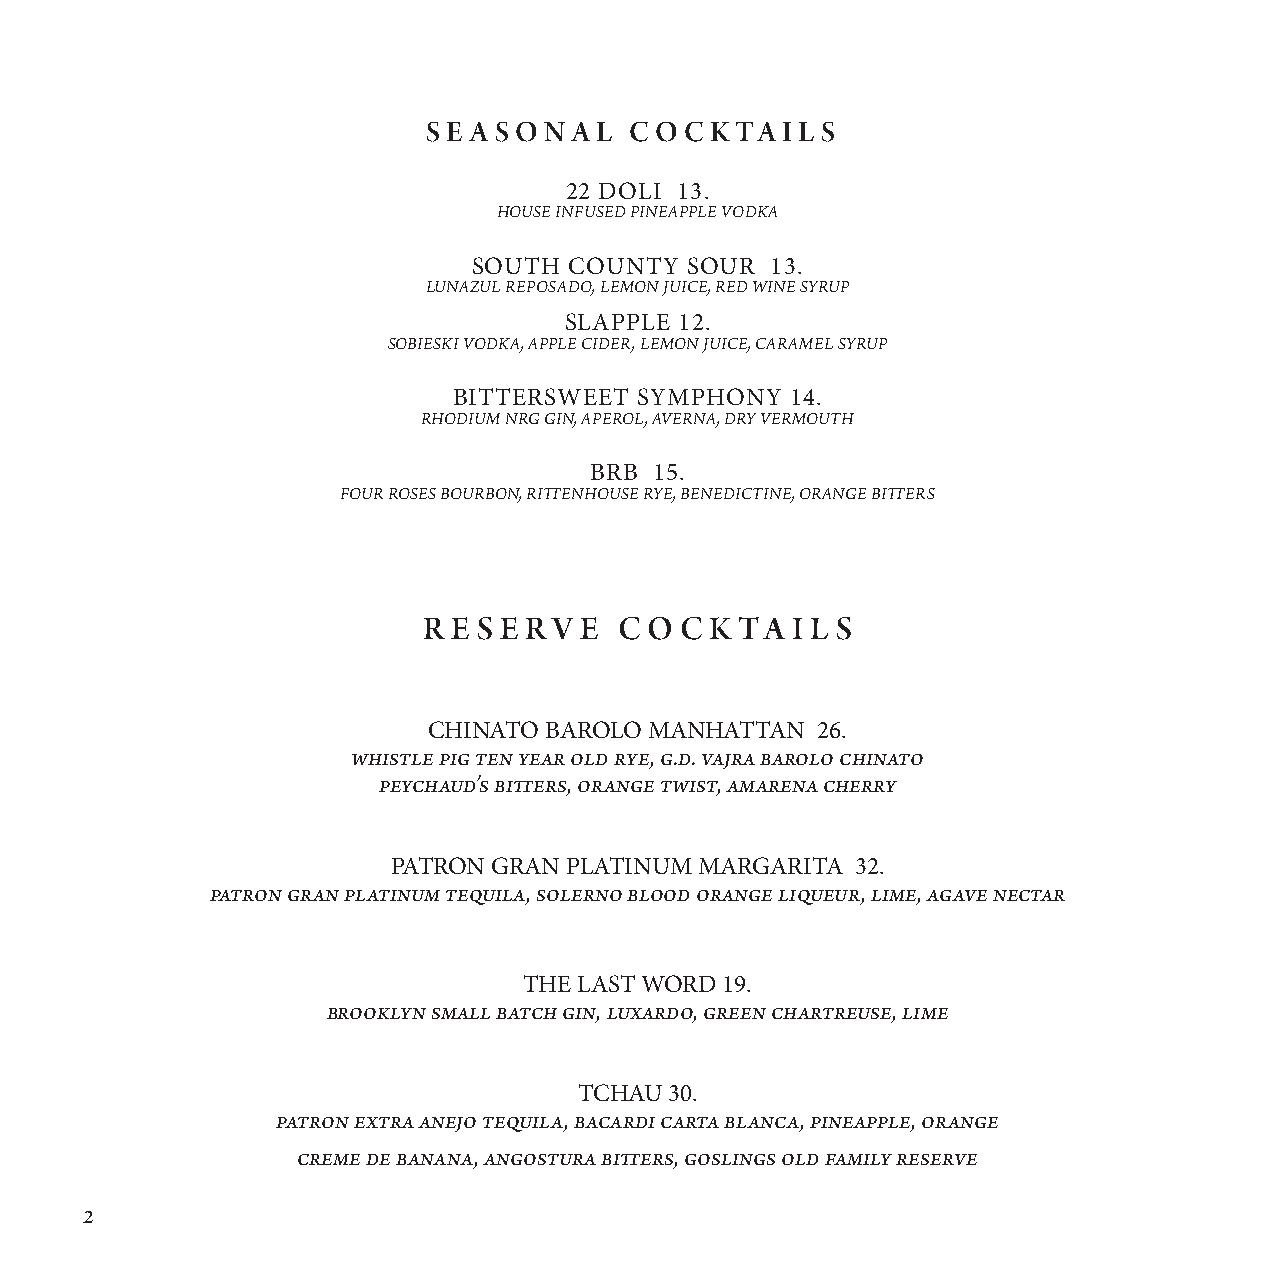
SE A SON  A L CO CKTA   IL S
 22 DOLI 13.
 house infused pineapple vodka
 SOUTH  COUNTY  SOUR 13.
 lunazul REPOSADO, LEMON JUICE, RED WINE SYRUP
 SLAPPLE 12.
 SOBIESKI VODKA, APPLE CIDER, LEMON JUICE, CARAMEL SYRUP
 BITTERSWEET SYMPHONY  14.
 RHODIUM NRG GIN, Aperol, Averna, Dry vermouth
 BRB 15.
 four roses bourbon, rittenhouse rye, benedictine, orange bitters
 R E S E RV E C O C K TA I L S
 CHINATO BAROLO MANHATTAN  26.
 whistle pig ten year old rye, g.d. vajra barolo chinato
 peychaud’s bitters, orange twist, amarena cherry
 PATRON GRAN PLATINUM MARGARITA 32.
 patron gran platinum tequila, solerno blood orange liqueur, lime, agave nectar
 THE LAST WORD 19.
 brooklyn small batch gin, luxardo, green chartreuse, lime
 TCHAU 30.
 patron extra anejo tequila, bacardi carta blanca, pineapple, orange
 creme de banana, angostura bitters, goslings old family reserve
 2